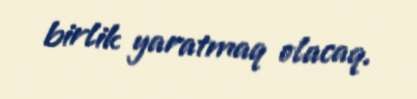
birlik yaratmaq olacaq.